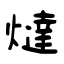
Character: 燵